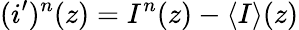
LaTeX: (i^{\prime})^{n}(z)=I^{n}(z)-\left<I\right>(z)